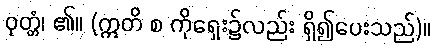
ဝုတ္တံ၊ ၏။ (ဣတိ စ ကိုရှေး၌လည်း ရှိ၍ပေးသည်)။